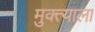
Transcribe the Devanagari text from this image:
मुक्त्याला